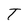
Character: T